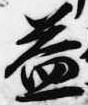
益